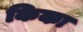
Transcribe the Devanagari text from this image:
किका